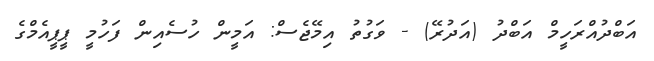
އަބްދުއްރަހީމް އަބްދު (އަދުރޭ) - ވަގުތު އިމޭޖެސް: އަމީން ހުސެއިން ފަހުމީ ޕީޕީއެމްގެ